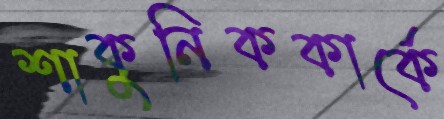
শাকুনিককার্কে